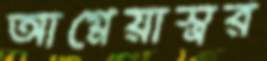
আগ্নেয়াস্ত্রর